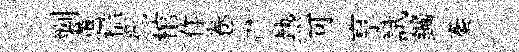
剿蕙槛擺棺作卷禅熱可亨試鑛秦